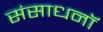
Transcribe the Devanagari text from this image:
संसाधनॉ